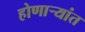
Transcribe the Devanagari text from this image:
होणार्‍यांत